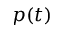
p ( t )